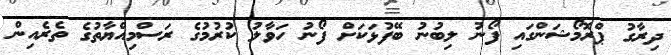
ދިރާގު ޕްރޮމޯޝަންގައި ފޯނު ލިބުނު ބޭފުޅަކަށް ފޯނު ހަވާލު ކުރުމުގެ ރަސްމިއްޔާތުގެ ތެރެއިން